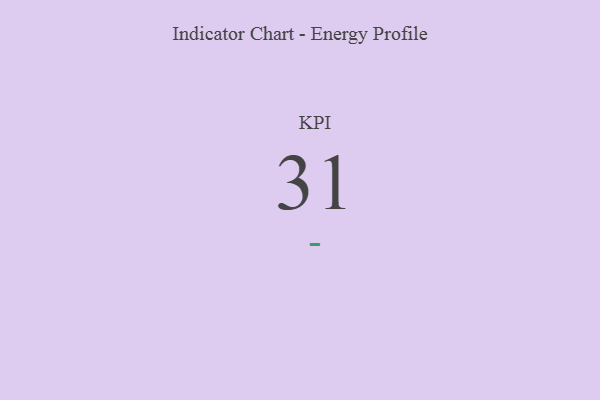
{"axis": {"x": "KPI", "y": "Value"}, "legend": [""], "data": [{"x": "KPI", "y": 31, "type": ""}]}